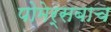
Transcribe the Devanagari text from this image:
पोमेर्सबाच